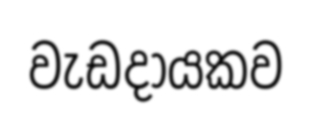
වැඩදායකව